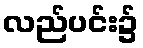
လည်ပင်း၌